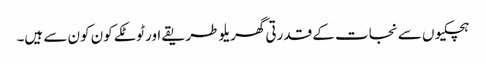
ہچکیوں سے نجات کے قدرتی گھریلو طریقے اور ٹوٹکے کون کون سے ہیں۔